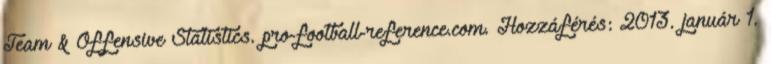
Team & Offensive Statistics. pro-football-reference.com. Hozzáférés: 2013. január 1.